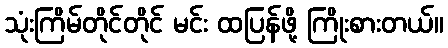
သုံးကြိမ်တိုင်တိုင် မင်း ထပြန်ဖို့ ကြိုးစားတယ်။